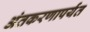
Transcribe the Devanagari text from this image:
अंतकरणापर्यंत